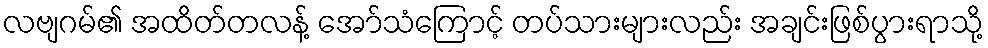
လဗျဂမ်၏ အထိတ်တလန့် အော်သံကြောင့် တပ်သားများလည်း အချင်းဖြစ်ပွားရာသို့